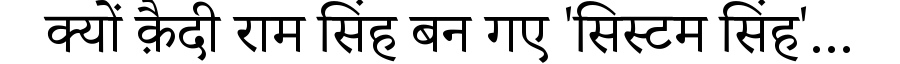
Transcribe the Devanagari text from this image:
क्यों क़ैदी राम सिंह बन गए 'सिस्टम सिंह'...